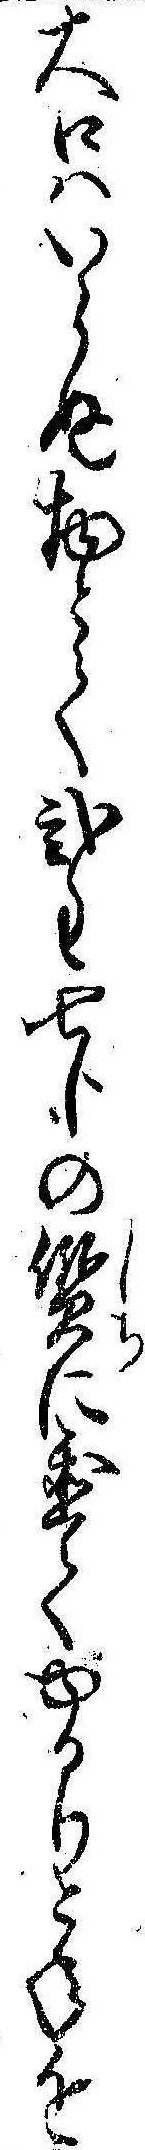
大口はいらぬ物とて弐匁七分の質に置てゆるりと年を